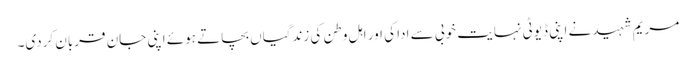
مریم شہید نے اپنی ڈیوٹی نہایت خوبی سے ادا کی اور اہل وطن کی زندگیاں بچاتے ہوئے اپنی جان قربان کردی۔